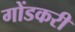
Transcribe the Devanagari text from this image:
गोंडकरी